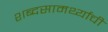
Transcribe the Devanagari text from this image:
शब्दसामर्थ्याची